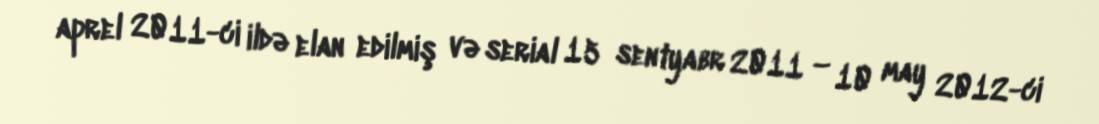
aprel 2011-ci ildə elan edilmiş və serial 15 sentyabr 2011 – 10 may 2012-ci